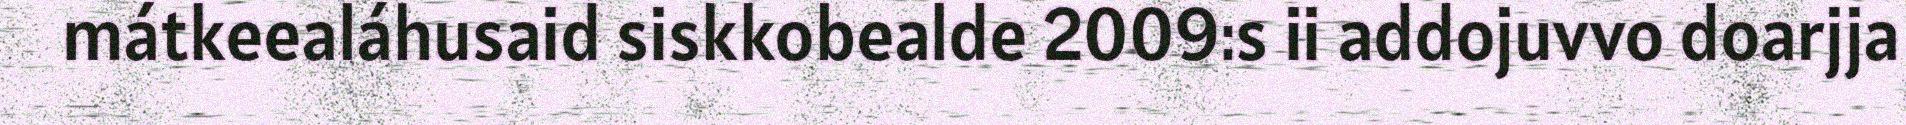
mátkeealáhusaid siskkobealde 2009:s ii addojuvvo doarjja